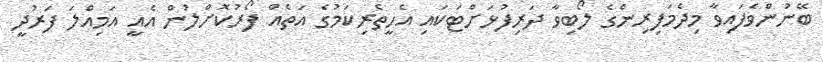
ބޭނުންވެފައިވާ މިދެމަފިރިންގެ ލޯބިވާ ދަރިފުޅަށްޓަކައި އެހީތެރިކަމުގެ އަތެއް ފޯރުކޮށްލުން އެއީ އަމިއްލަ ފަރުދީ